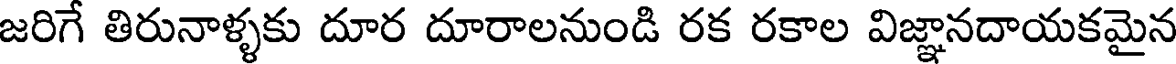
జరిగే తిరునాళ్ళకు దూర దూరాలనుండి రక రకాల విజ్ఞానదాయకమైన